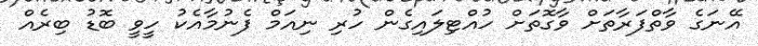
އޭނަގެ ވާތްފަރާތަށް ވާގޮތަށް ހުއްޓިލައިގެން ހުރި ނިއަމް ފެނުމާއެކު ހީވީ ބޮޑު ބިރެއް